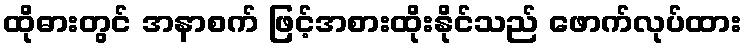
ထိုဓားတွင် အနာစက် ဖြင့်အစားထိုးနိုင်သည် ဖောက်လုပ်ထား